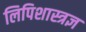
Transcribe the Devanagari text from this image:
लिपिशास्त्रज्ञ